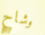
وشاح